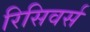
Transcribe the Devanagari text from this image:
रिसिवर्स